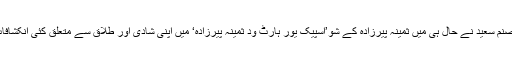
اداکارہ صنم سعید نے حال ہی میں ثمینہ پیرزادہ کے شو’اسپیک یور ہارٹ ود ثمینہ پیرزادہ‘ میں اپنی شادی اور طلاق سے متعلق کئی انکشافات کیے۔